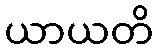
ယာယတိ